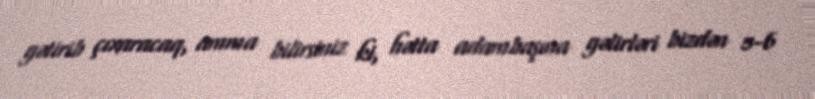
gətirib çıxaracaq, amma bilirsiniz ki, hətta adambaşına gəlirləri bizdən 5-6